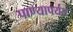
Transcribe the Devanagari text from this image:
पाण्यापर्यंत